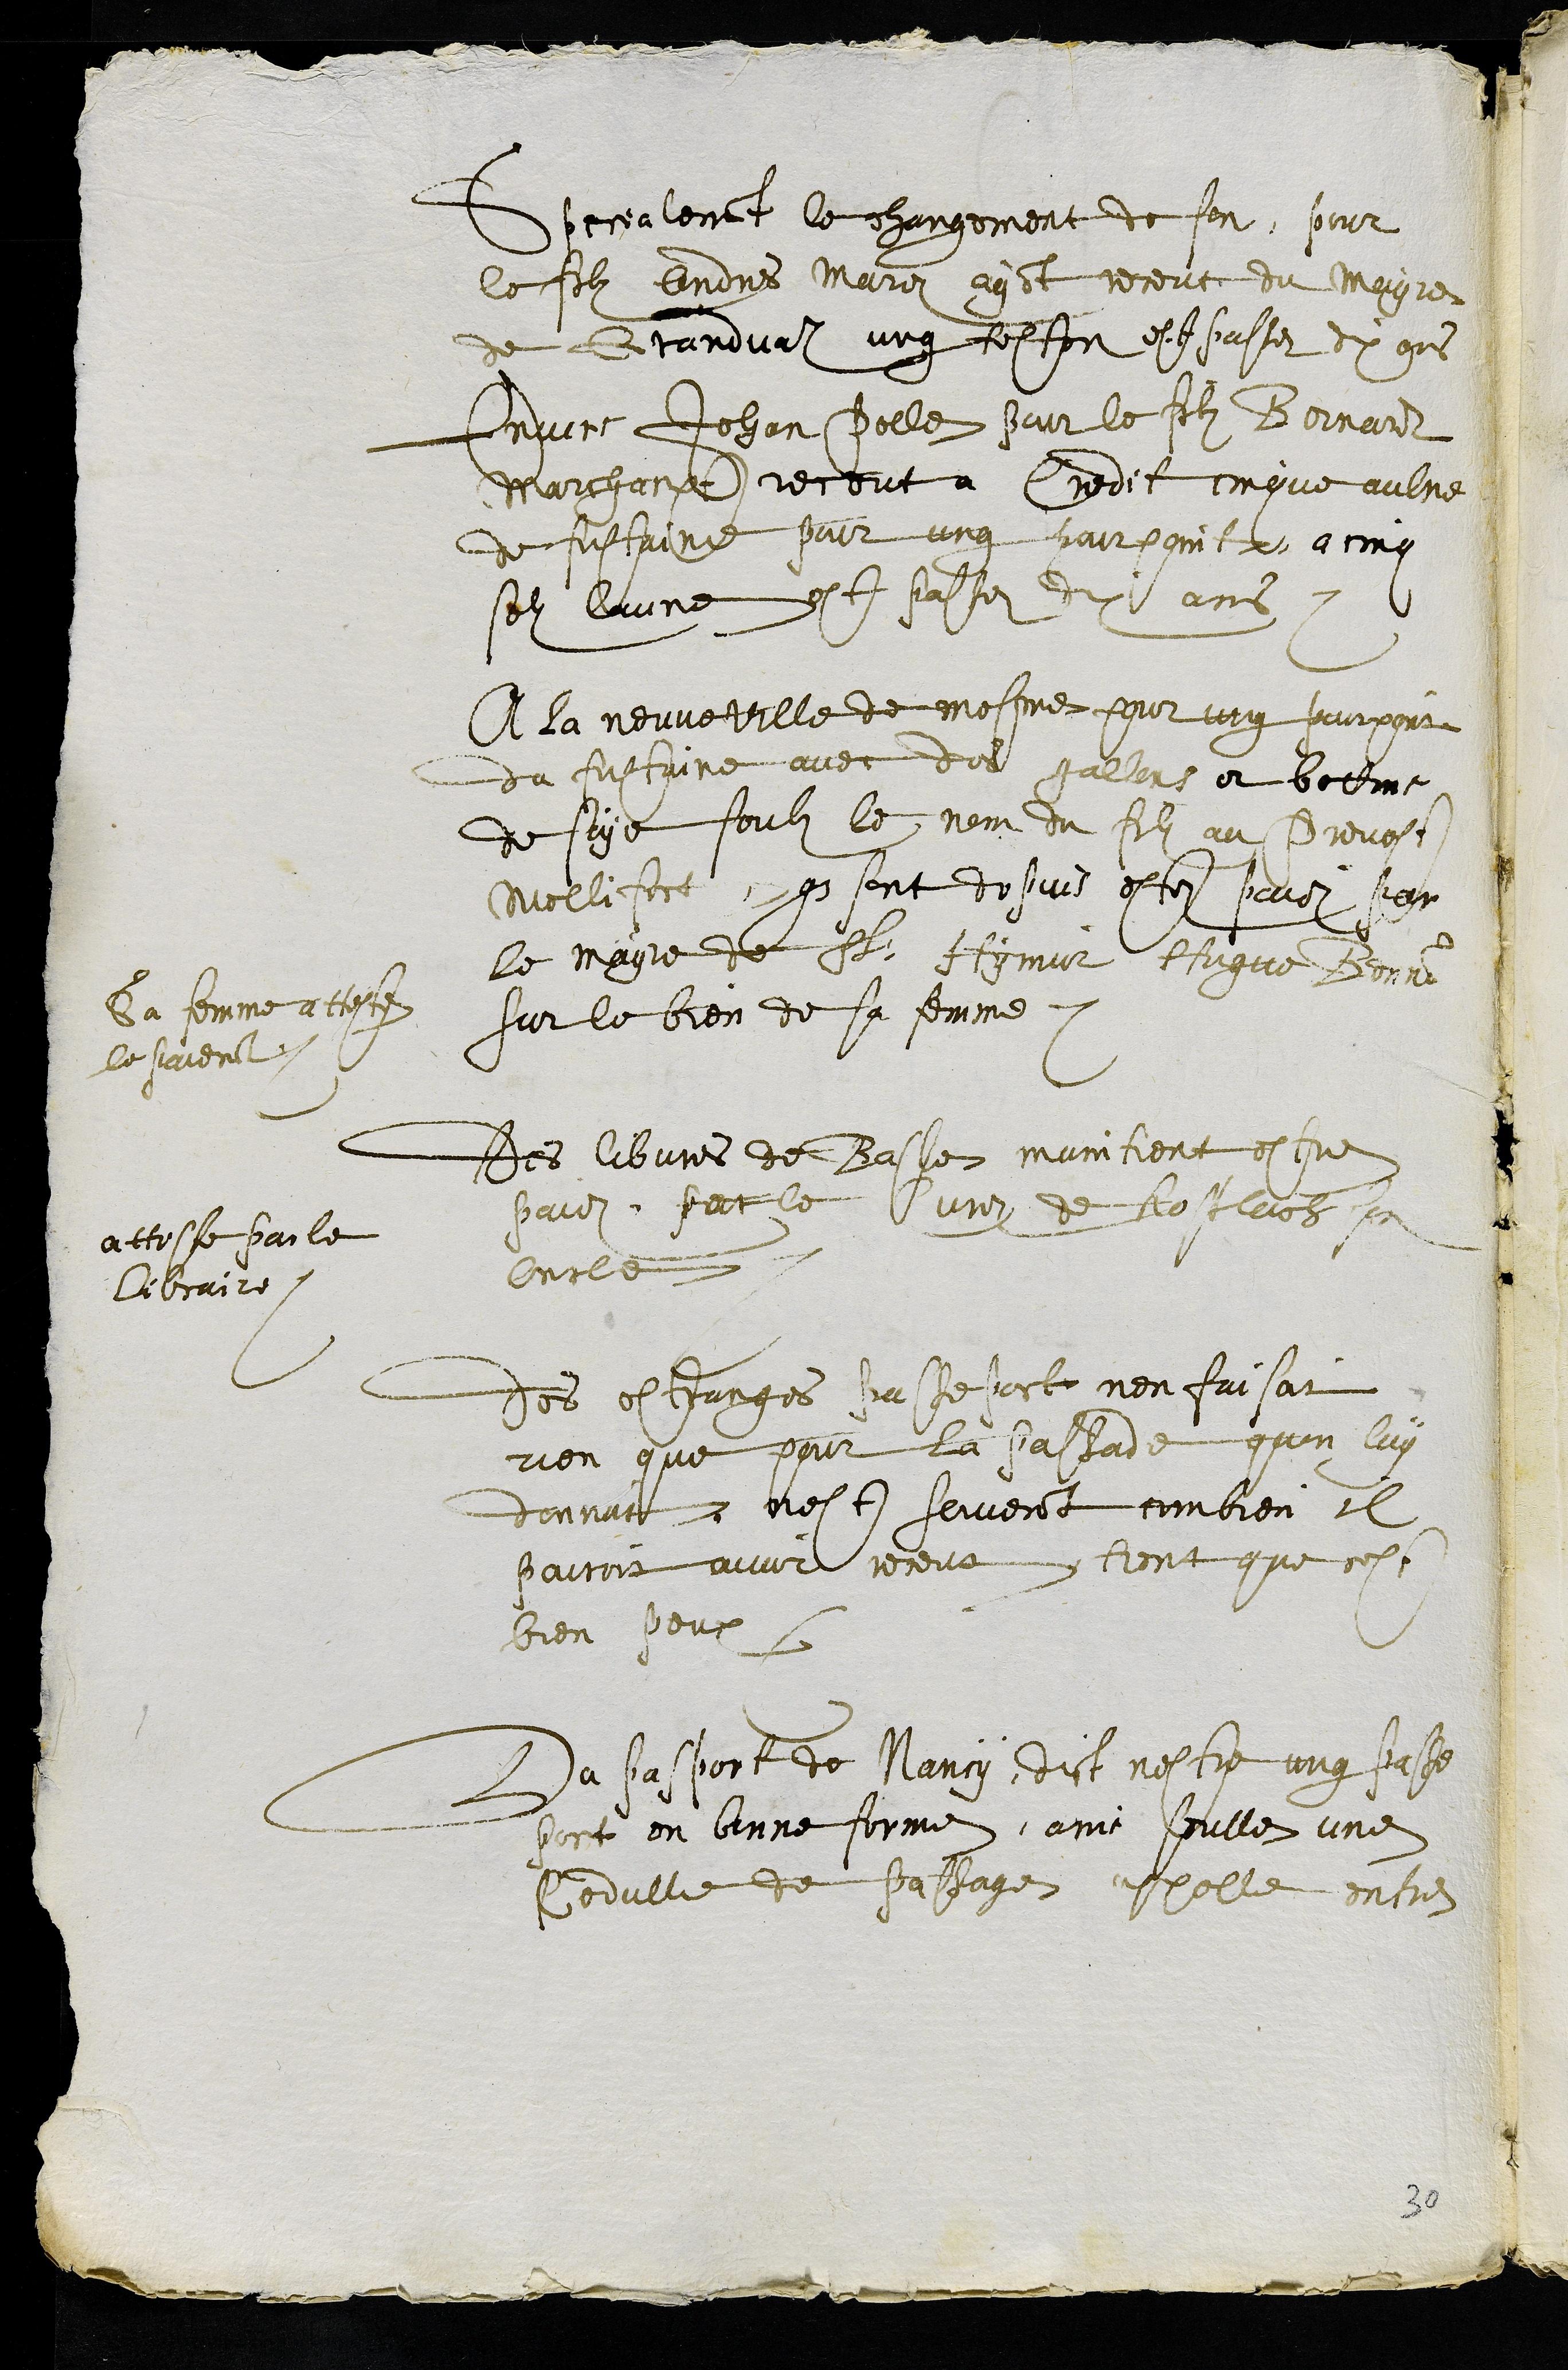
Specialement le changement de fect pour
le filz Andres Meiroz ayant receut du mayre
de Grandvaul ung teston est passez dix ans
Envers Jehan Polle pour le filz Bernard
Marchanpt receut a credit cinque aulne
de fustaine pour ung pourpoint a cinq
solz laune est passez dix ans
A la neuveville de mesme pour ung pourpoint
du fustaine avec des gallons et bottons
de soye soubz le nom du filz au Prevost
Mellifert, que sont depuis estez paiez par
le mayre de St Hymier Hugue Bennon
sur le bien de sa femme.
Sa femme atteste
le paiement.
Des libvres de Basle maintient estre
paiez par le Curez de Rosslach son
oncle
atteste par le
libraire.
Des estranges passeport nen faisoit
rien que pour la passade quon luy
donnat. nest souvenant combien il
pouroit avoir receut tient que cest
bien peux
Du pasport de Nancy, dict nestre ung passe
port en bonne forme, ains seulle une
Cedulle de passage appelle entre
30